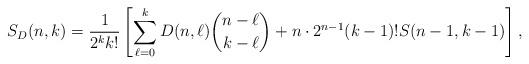
LaTeX: \begin{align*} S_D(n,k) = \frac{1}{2^kk!}\left[\sum_{\ell=0}^kD(n,\ell)\binom{n-\ell}{k-\ell}+n\cdot2^{n-1}(k-1)!S(n-1,k-1)\right],\end{align*}